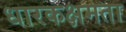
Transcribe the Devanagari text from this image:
धारकक्षमता